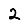
Digit: 2